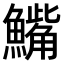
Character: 𫙾